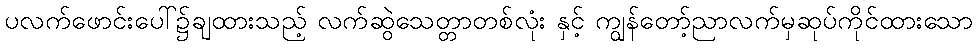
ပလက်ဖောင်းပေါ်၌ချထားသည့် လက်ဆွဲသေတ္တာတစ်လုံး နှင့် ကျွန်တော့်ညာလက်မှဆုပ်ကိုင်ထားသော